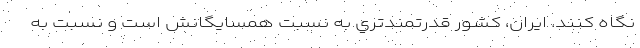
نگاه كنند. ايران، كشور قدرتمند‌تري به نسبت همسايگانش است و نسبت به